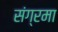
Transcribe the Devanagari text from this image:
संग्रमा